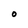
Character: O